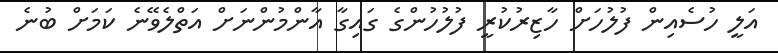
އަލީ ހުސެއިން ފުލުހަށް ހާޒިރުކުރީ ފުލުހުންގެ ގައިގާ އާންމުންނަށް އަތްލެވޭނެ ކަމަށް ބުނެ